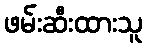
ဖမ်းဆီးထားသူ